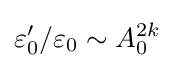
\varepsilon _{0}'/\varepsilon _{0}\sim A_{0}^{2k}